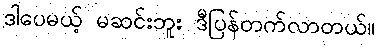
ဒါပေမယ့် မဆင်းဘူး ဒီပြန်တက်လာတယ်။